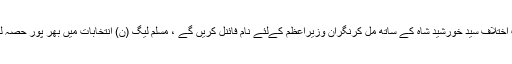
انہوں نے کہا کہ نگران وزیراعظم کون ہوگا ابھی کچھ کہہ نہیں سکتے ، قائد حزب اختلاف سید خورشید شاہ کے ساتھ مل کرنگران وزیراعظم کےلئے نام فائنل کریں گے ، مسلم لیگ (ن) انتخابات میں بھر پور حصہ لے گی ، اجلاس میں سابق وزیر خزانہ اسحاق ڈار سے متعلق کوئی بات نہیں ہوئی ۔